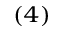
^ { ( 4 ) }